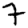
Digit: 7